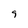
Character: 9